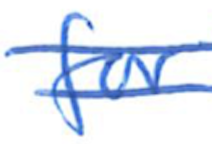
Text: for
Cross-out: double-line
Writing tool: ballpoint